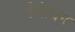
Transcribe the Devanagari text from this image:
हैबैचिंग